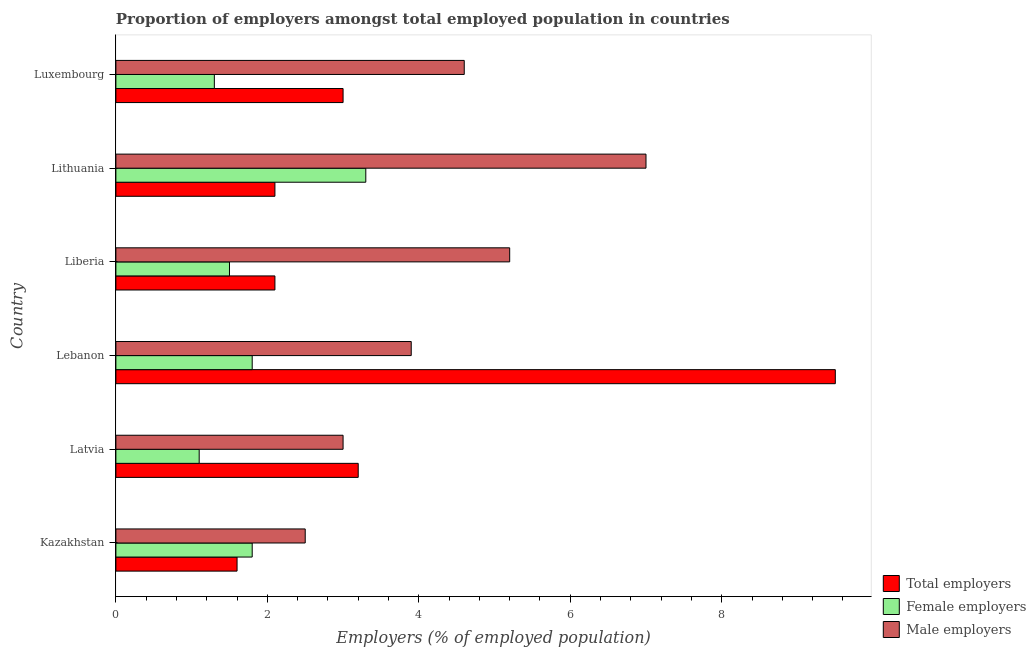
| Country | Total employers | Female employers | Male employers |
 | --- | --- | --- | --- |
 | Kazakhstan | 1.6 | 1.8 | 2.5 |
 | Latvia | 3.2 | 1.1 | 3 |
 | Lebanon | 9.5 | 1.8 | 3.9 |
 | Liberia | 2.1 | 1.5 | 5.2 |
 | Lithuania | 2.1 | 3.3 | 7 |
 | Luxembourg | 3 | 1.3 | 4.6 |